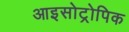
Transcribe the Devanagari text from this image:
आइसोट्रोपिक